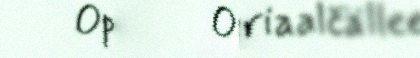
Oppâmateriaalčällee